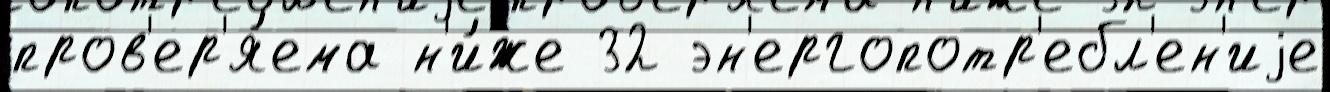
пров'ер'я́ема н'и́же 32 эн'ергопотр'ебл'ен'иjе